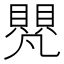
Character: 𮚝